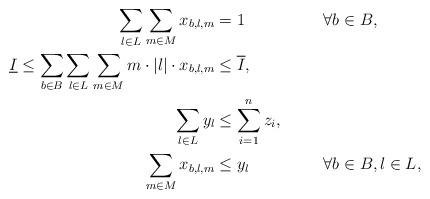
LaTeX: \begin{align*} && \sum_{l\in L}\sum_{m \in M} x_{b,l,m} &= 1 && \forall b\in B,\\ && \underline{I} \le \sum_{b\in B}\sum_{l\in L}\sum_{m \in M} m \cdot |l| \cdot x_{b,l,m} &\le \overline{I}, &&\\ && \sum_{l \in L} y_l & \le \sum_{i=1}^n z_i, &&\\ && \sum_{m \in M} x_{b,l,m} & \le y_l && \forall b\in B, l\in L, \end{align*}